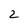
Character: 2